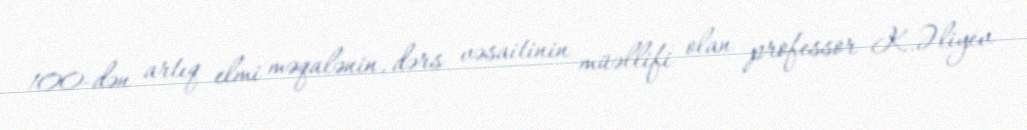
100-dən artıq elmi məqalənin, dərs vəsaitinin müəllifi olan professor K.Əliyev